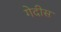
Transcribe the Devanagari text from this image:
गेदीस